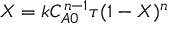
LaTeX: X = k C _ { A 0 } ^ { n - 1 } \tau ( 1 - X ) ^ { n }